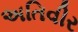
અતિવીર